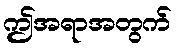
ဤအရာအတွက်